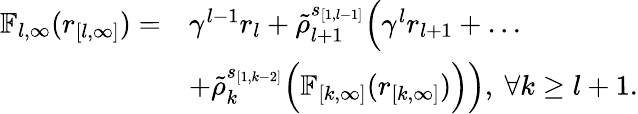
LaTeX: \begin{array}{rl}{\mathbb{F}_{l,\infty}({r}_{[l,\infty]})=}&{\gamma^{l-1}r_{l}+\tilde{\rho}_{l+1}^{s_{[1,l-1]}}\Big(\gamma^{l}r_{l+1}+\ldots}\\ &{+\tilde{\rho}_{k}^{s_{[1,k-2]}}\Big(\mathbb{F}_{[k,\infty]}({r}_{[k,\infty]})\Big)\Big),\ \forall k\ge l+1.}\end{array}